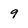
Character: 9